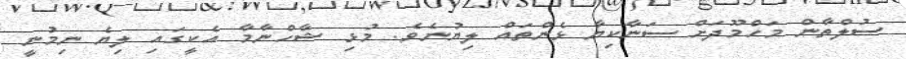
ސުލްތާން މަހްމޫދަށް ސަނާކިޔާ ޅެންތައް ލިޔުނެވެ. މުޅި ޝާހްނާމާ އެކީގައި ލިޔެ ނިމުނީ